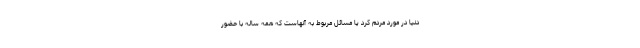
دنيا در مورد مردم کُرد يا مسائل مربوط به آنهاست که همه ساله با حضور